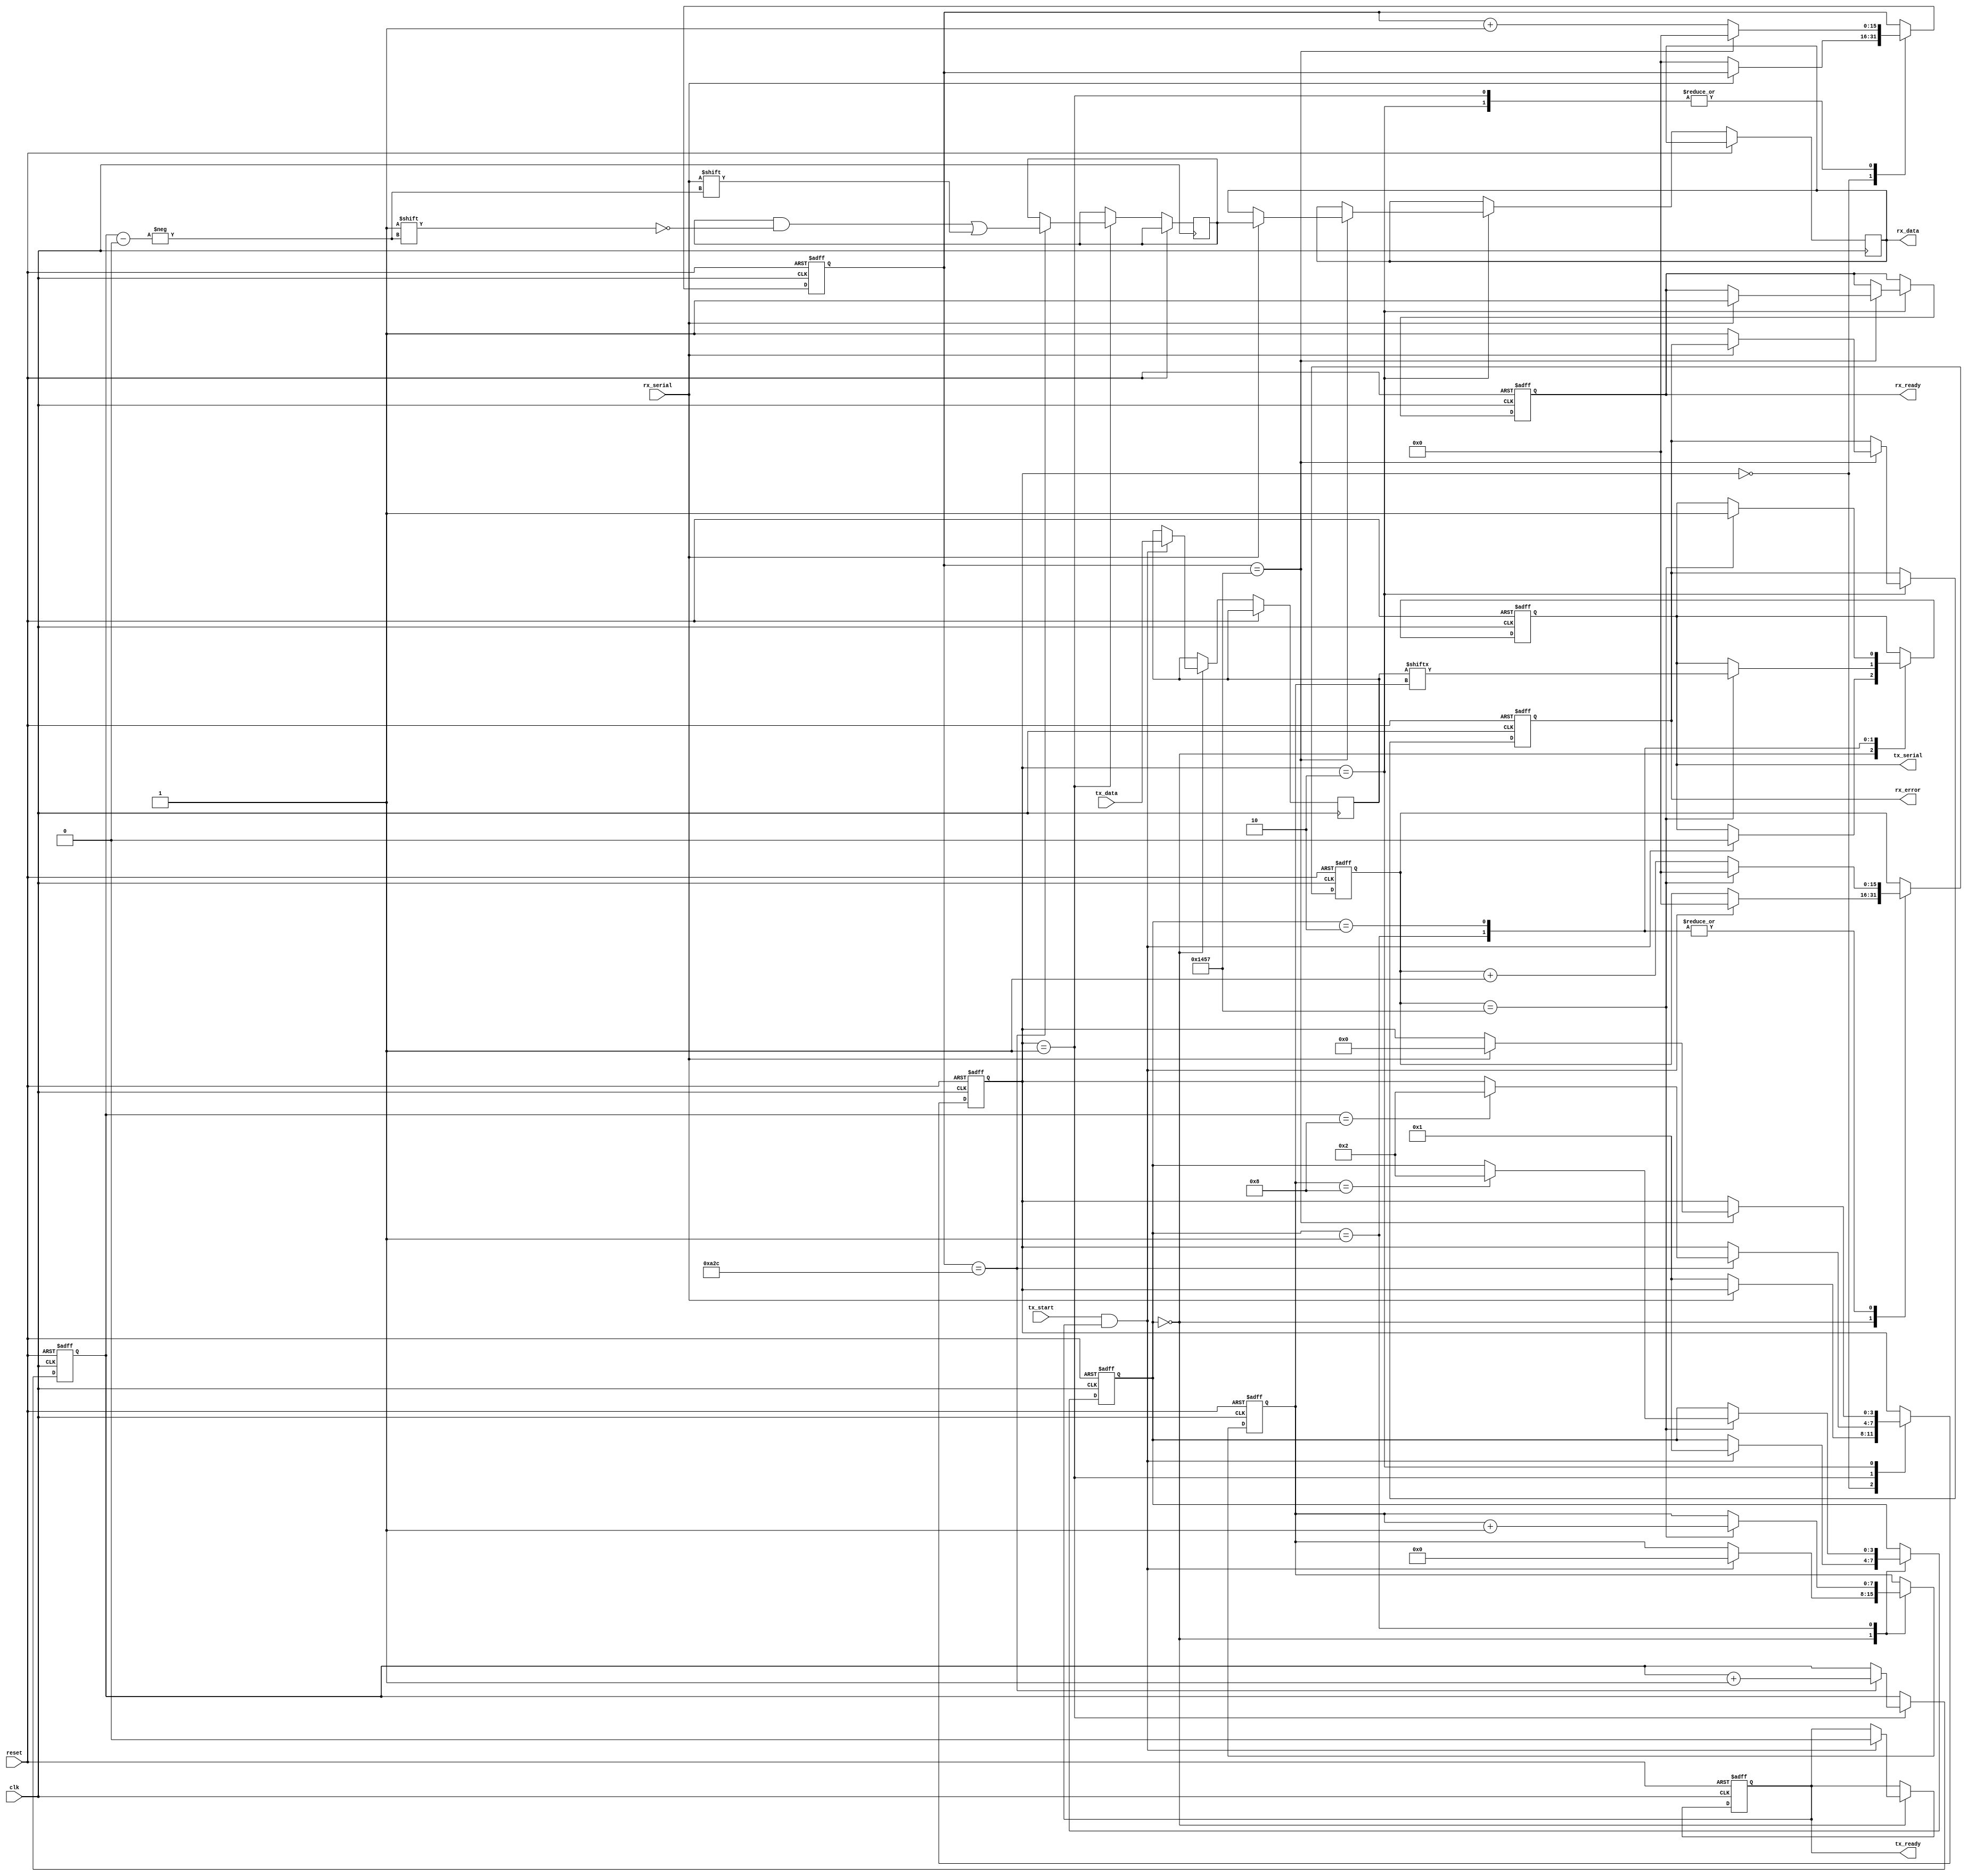
module parameterized_uart #(
    parameter BAUD_RATE = 9600,
    parameter DATA_WIDTH = 8,
    parameter STOP_BITS = 1,
    parameter PARITY = "NONE" // Options: "NONE", "EVEN", "ODD"
)(
    input wire clk,               // Clock signal
    input wire reset,             // Reset signal
    input wire tx_start,          // Transmit start signal
    input wire [DATA_WIDTH-1:0] tx_data, // Data to transmit
    output reg tx_ready,          // Transmitter ready signal
    output reg tx_serial,         // Serial output for transmission
    input wire rx_serial,         // Serial input for reception
    output reg [DATA_WIDTH-1:0] rx_data, // Received data output
    output reg rx_ready,          // Receiver ready signal
    output reg rx_error           // Error flag for reception
);

    // Baud rate generation logic
    localparam CLOCK_FREQ = 50000000; // Example: 50 MHz clock
    localparam BAUD_DIV = CLOCK_FREQ / BAUD_RATE;
    
    // Transmitter state machine
    reg [3:0] tx_state;
    reg [7:0] tx_bit_count;
    reg [15:0] tx_baud_counter;
    reg [DATA_WIDTH-1:0] tx_buffer;
    
    // Receiver state machine
    reg [3:0] rx_state;
    reg [7:0] rx_bit_count;
    reg [15:0] rx_baud_counter;
    reg [DATA_WIDTH-1:0] rx_buffer;
    
    // Transmitter FSM
    always @(posedge clk or posedge reset) begin
        if (reset) begin
            tx_state <= 0;
            tx_ready <= 1;
            tx_serial <= 1; // Idle state
            tx_bit_count <= 0;
            tx_baud_counter <= 0;
        end else begin
            case (tx_state)
                0: begin // Idle state
                    if (tx_start && tx_ready) begin
                        tx_buffer <= tx_data;
                        tx_ready <= 0;
                        tx_serial <= 0; // Start bit
                        tx_state <= 1;
                        tx_bit_count <= 0;
                        tx_baud_counter <= 0;
                    end
                end
                1: begin // Sending data
                    if (tx_baud_counter == BAUD_DIV - 1) begin
                        tx_baud_counter <= 0;
                        tx_serial <= tx_buffer[tx_bit_count]; // Send data bit
                        tx_bit_count <= tx_bit_count + 1;
                        if (tx_bit_count == DATA_WIDTH) begin
                            // Handle parity if needed
                            if (PARITY != "NONE") begin
                                tx_serial <= (PARITY == "EVEN") ? ~^tx_buffer : ^tx_buffer; // Parity bit
                                tx_state <= 2; // Go to stop bit state
                            end else begin
                                tx_state <= 2; // Go to stop bit state
                            end
                        end
                    end else begin
                        tx_baud_counter <= tx_baud_counter + 1;
                    end
                end
                2: begin // Stop bits
                    if (tx_baud_counter == BAUD_DIV - 1) begin
                        tx_baud_counter <= 0;
                        if (STOP_BITS > 0) begin
                            tx_serial <= 1; // Stop bit
                            STOP_BITS <= STOP_BITS - 1;
                        end else begin
                            tx_ready <= 1; // Ready for next transmission
                            tx_state <= 0; // Back to idle
                        end
                    end else begin
                        tx_baud_counter <= tx_baud_counter + 1;
                    end
                end
            endcase
        end
    end

    // Receiver FSM
    always @(posedge clk or posedge reset) begin
        if (reset) begin
            rx_state <= 0;
            rx_ready <= 0;
            rx_bit_count <= 0;
            rx_baud_counter <= 0;
            rx_error <= 0;
        end else begin
            case (rx_state)
                0: begin // Idle state
                    if (rx_serial == 0) begin // Start bit detected
                        rx_state <= 1;
                        rx_baud_counter <= 0;
                    end
                end
                1: begin // Receiving data
                    if (rx_baud_counter == BAUD_DIV / 2) begin // Sample in the middle of the bit
                        rx_buffer[rx_bit_count] <= rx_serial; // Read data bit
                        rx_bit_count <= rx_bit_count + 1;
                        if (rx_bit_count == DATA_WIDTH) begin
                            // Handle parity check if needed
                            if (PARITY != "NONE") begin
                                // Check parity
                                if (PARITY == "EVEN" && ^rx_buffer != rx_serial) begin
                                    rx_error <= 1; // Parity error
                                end else if (PARITY == "ODD" && ^rx_buffer == rx_serial) begin
                                    rx_error <= 1; // Parity error
                                end
                            end
                            rx_state <= 2; // Go to stop bit state
                        end
                    end
                    if (rx_baud_counter == BAUD_DIV - 1) begin
                        rx_baud_counter <= 0;
                    end else begin
                        rx_baud_counter <= rx_baud_counter + 1;
                    end
                end
                2: begin // Stop bits
                    if (rx_baud_counter == BAUD_DIV - 1) begin
                        rx_baud_counter <= 0;
                        if (rx_serial == 1) begin // Stop bit detected
                            rx_data <= rx_buffer; // Store received data
                            rx_ready <= 1; // Data is ready
                            rx_state <= 0; // Back to idle
                        end else begin
                            rx_error <= 1; // Error if stop bit is not detected
                        end
                    end else begin
                        rx_baud_counter <= rx_baud_counter + 1;
                    end
                end
            endcase
        end
    end

endmodule